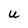
Character: u